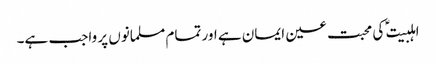
اہلبیت ؑ کی محبت عین ایمان ہے اور تمام مسلمانوں پر واجب ہے۔